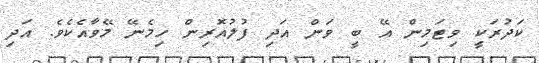
ކަދުރަކީ ވިޓަމިން އޭ ބީ ވަން އަދި ފުލުއޮރިން ހިމެނޭ މޭވާއެކެވެ. އަދި